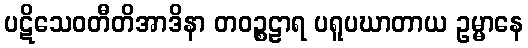
ပဋိသေဝတီတိအာဒိနာ တဝဉ္စဠာရ ပရူပဃာတာယ ဥမ္မာနေ